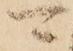
可